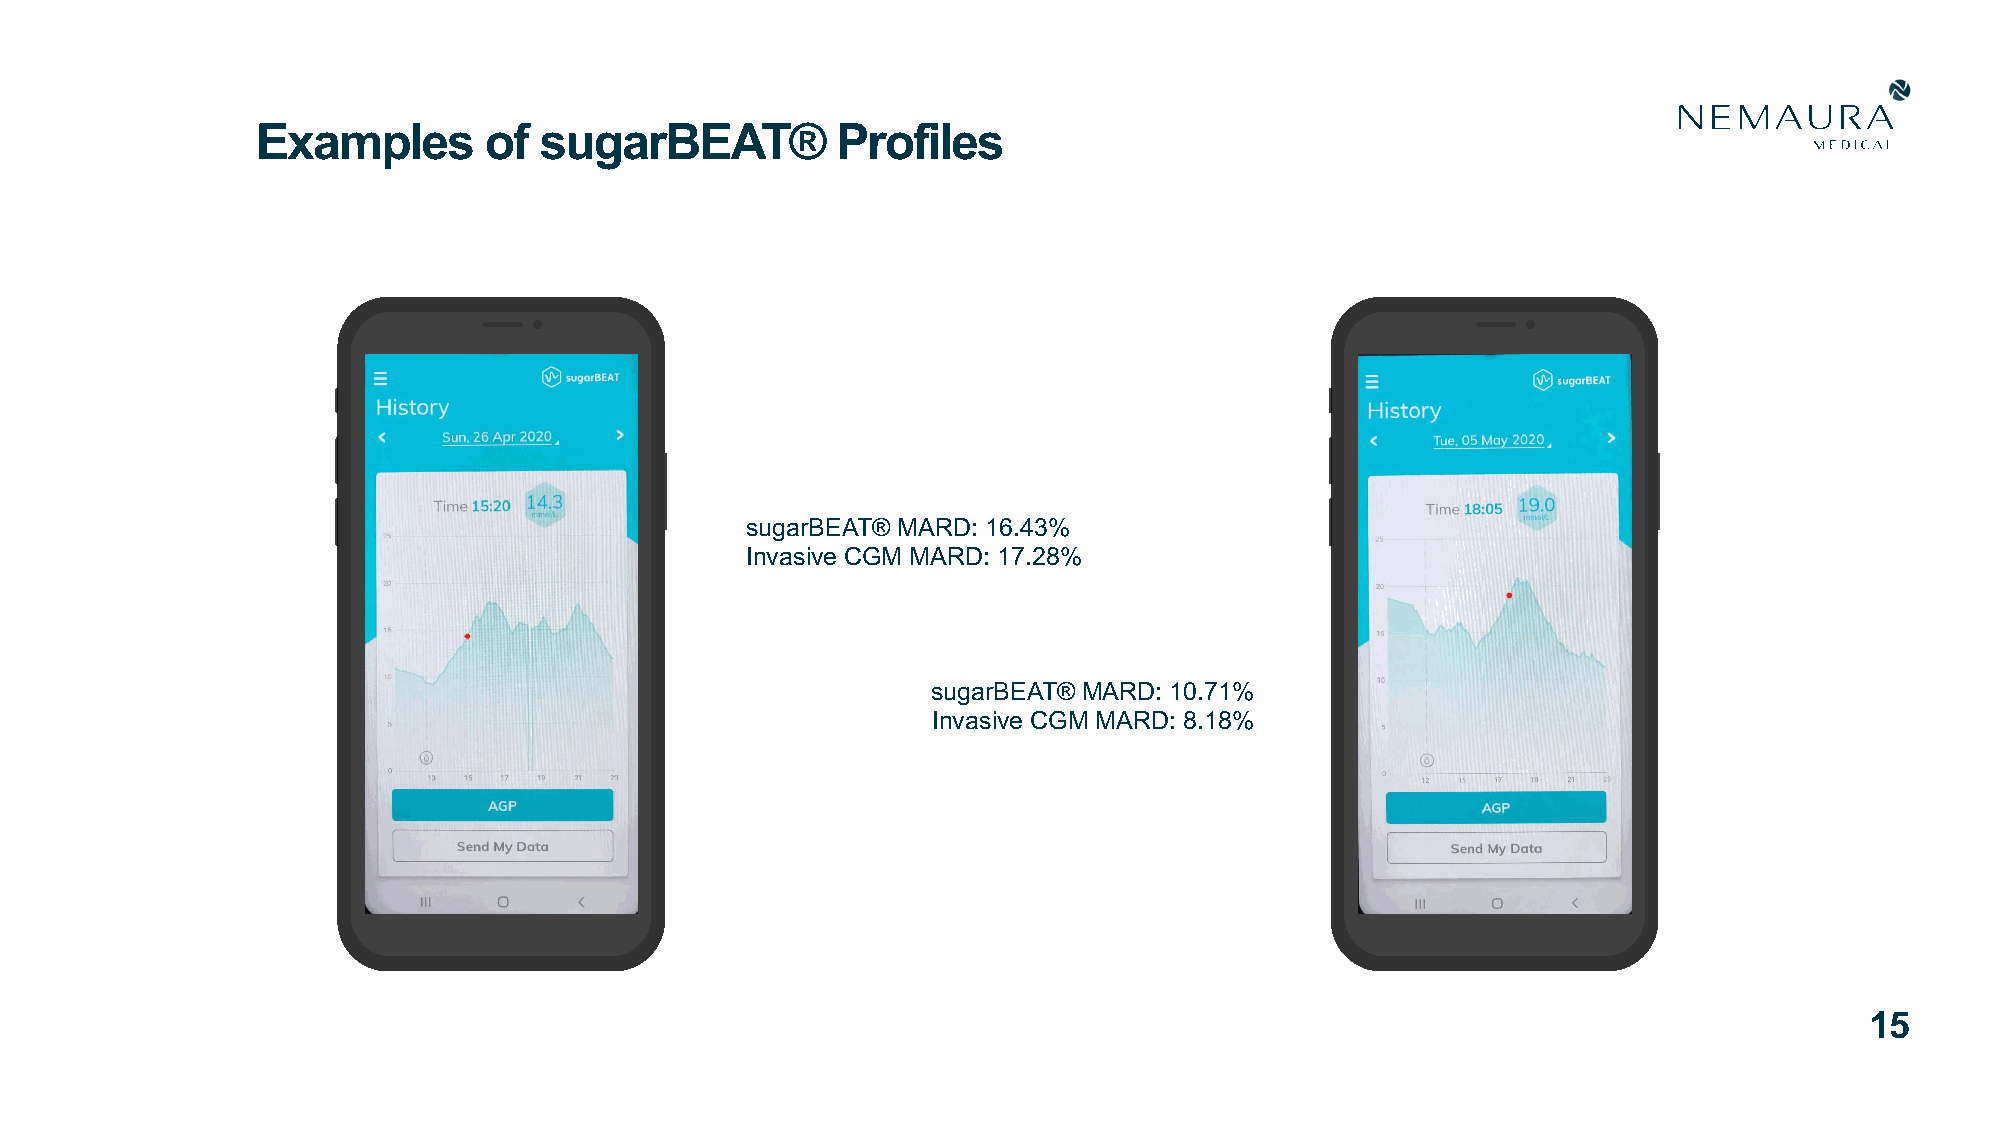
Examples       of  sugarBEAT®         Profiles
 sugarBEAT® MARD: 16.43%
 Invasive CGM MARD: 17.28%
 sugarBEAT® MARD: 10.71%
 Invasive CGM MARD: 8.18%
 15